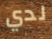
لدي